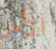
الأمر